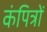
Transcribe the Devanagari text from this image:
कंपित्रों